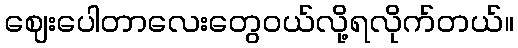
ဈေးပေါတာလေးတွေဝယ်လို့ရလိုက်တယ်။